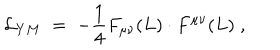
{ \cal L } _ { Y M } \; = \; - \frac { 1 } { 4 } F _ { \mu \nu } ( L ) \cdot F ^ { \mu \nu } ( L ) \; ,